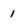
Character: 1